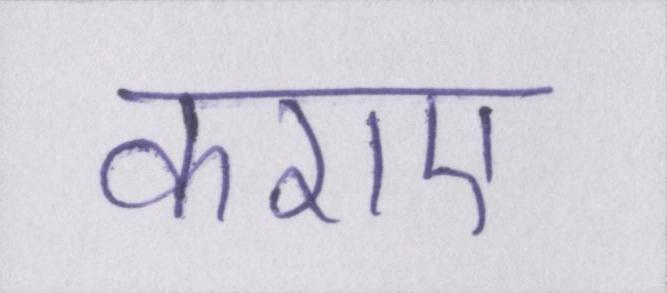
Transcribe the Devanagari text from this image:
कराए